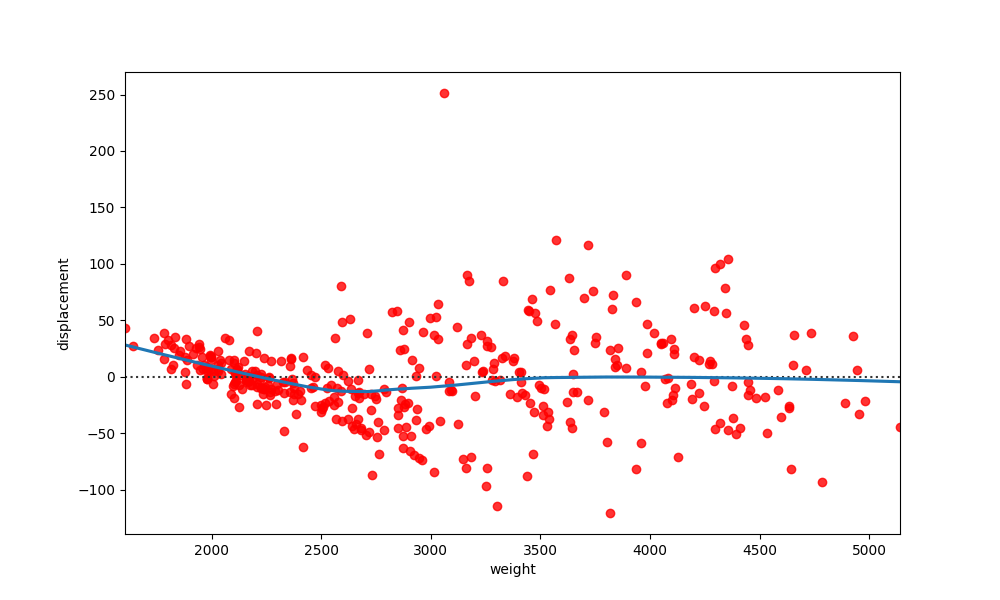
python, seaborn, residplot, lowess=True, scatter_color=red